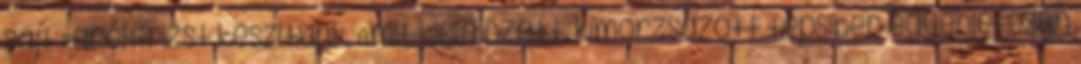
sajt Párolt rizst készítünk, Amit kiolajozott, kimorzsázott tepsiben egyenletesen